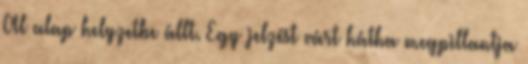
Al alap helyzetbe állt. Egy jelzést várt hátha megpillantja